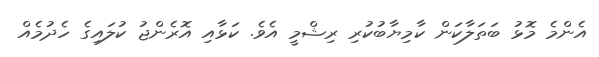
އެންމެ މޮޅު ބަތަލާކަން ކާމިޔާބުކުރި ރިޝްމީ އެވެ. ކަޅާއި އޮރެންޖު ކުލައިގެ ހެދުމެއް